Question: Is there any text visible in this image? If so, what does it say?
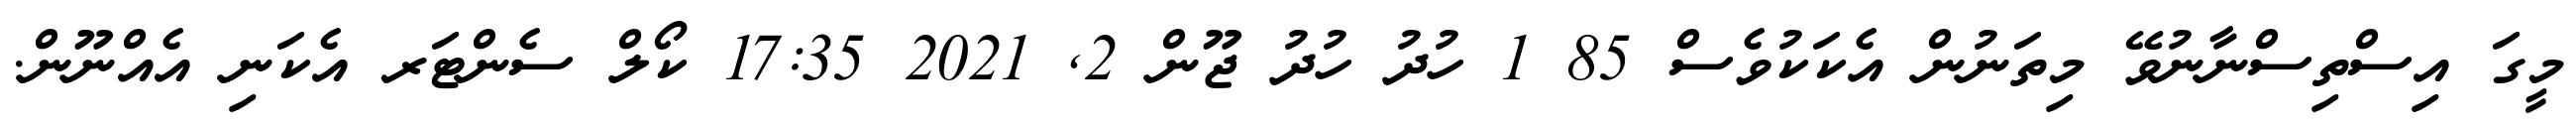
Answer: މީގަ އިސްތިސްނާނުވޭ މިތަނުން އެކަކުވެސް 85 1 ހުދު ހުދު ޖޫން 2, 2021 17:35 ކޯލް ސެންޓަރ އެކަނި އެއްނޫން.